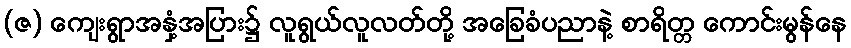
(ဇ) ကျေးရွာအနှံ့အပြား၌ လူရွယ်လူလတ်တို့ အခြေခံပညာနဲ့ စာရိတ္တ ကောင်းမွန်နေ